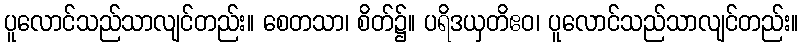
ပူလောင်သည်သာလျင်တည်း။ စေတသာ၊ စိတ်၌။ ပရိဒယှတိဧဝ၊ ပူလောင်သည်သာလျင်တည်း။